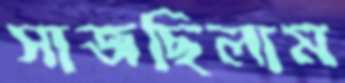
সাজছিলাম